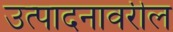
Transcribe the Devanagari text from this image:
उत्पादनावरील